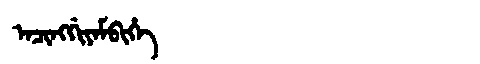
Manchu: ᠠᠴᡳᠩᡤᡳᠶᠠᠮᠪᡳᡥᡝ
Romanization: ACINGGIYAMBIHE